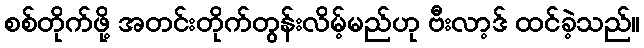
စစ်တိုက်ဖို့ အတင်းတိုက်တွန်းလိမ့်မည်ဟု ဗီးလာ့ဒ် ထင်ခဲ့သည်။